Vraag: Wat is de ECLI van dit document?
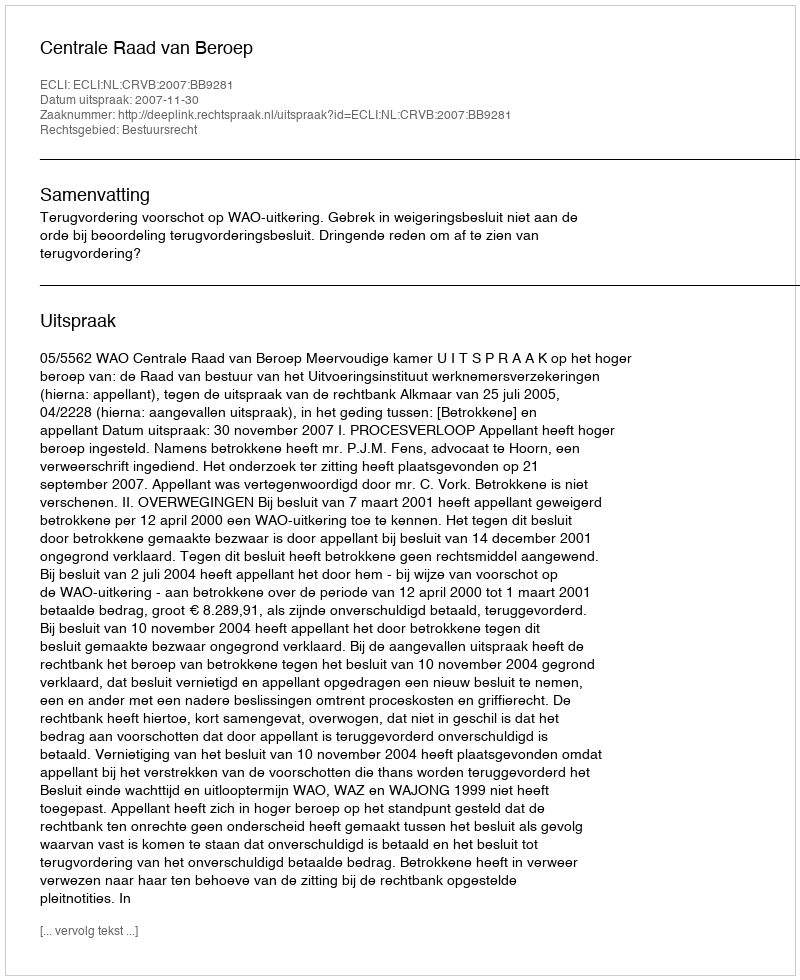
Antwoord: ECLI:NL:CRVB:2007:BB9281